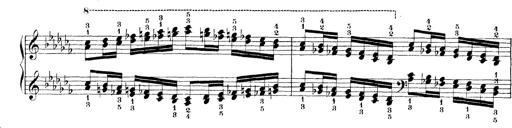
Title: Technische Studien
Composer: Franz Liszt